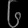
Digit: ၆